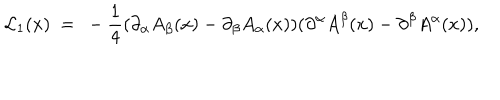
LaTeX: { \cal L } _ { 1 } ( x ) ~ = ~ - { \frac { 1 } { 4 } } ( \partial _ { \alpha } A _ { \beta } ( x ) - \partial _ { \beta } A _ { \alpha } ( x ) ) ( \partial ^ { \alpha } A ^ { \beta } ( x ) - \partial ^ { \beta } A ^ { \alpha } ( x ) ) ,